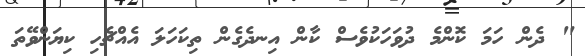
" ދެން ހަމަ ކޮންމެ ދުވަހަކުވެސް ކާން އިނދެގެން ތިކަހަލަ އެއްޗެހި ކިޔަންވޭތަ